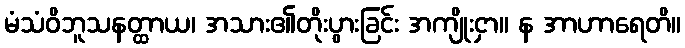
မံသံဝိဘူသနတ္ထာယ၊ အသား၏တိုးပွားခြင်း အကျိုးငှာ။ န အာဟာရေတိ။